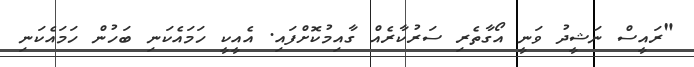
"ރައީސް ނަޝީދު ވަނީ އޯގާތެރި ސަރުކާރެއް ގާއިމުކޮށްފައި. އެއީކީ ހަމައެކަނި ބަހުން ހަމައެކަނި